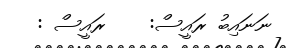
ނަނައިބު ރައީސް:    ރައީސް :